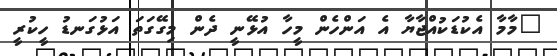
"މާމާ އެކުޑަކުއްޖާޔާ އެ އަންހެން މީހާ އުޅޭނީ ދެން މިގޭގަތަ އަޅުގަނޑު ހީކުރީ